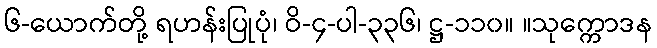
၆-ယောက်တို့ ရဟန်းပြုပုံ၊ ဝိ-၄-ပါ-၃၃၆၊ ဋ္ဌ-၁၁၀။ ။သုက္ကောဒန